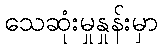
သေဆုံးမှုနှုန်းမှာ